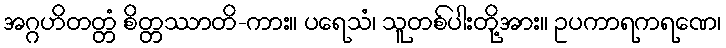
အဂ္ဂဟိတတ္တံ စိတ္တဿာတိ-ကား။ ပရေသံ၊ သူတစ်ပါးတို့အား။ ဥပကာရကရဏေ၊